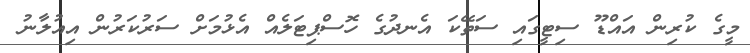
މީގެ ކުރިން އައްޑޫ ސިޓީގައި ސަތޭކަ އެނދުގެ ހޮސްޕިޓަލެއް އެޅުމަށް ސަރުކަރުން އިއުލާނު